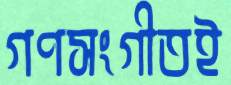
গণসংগীতই